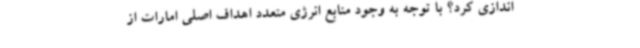
اندازی کرد؟ با توجه به وجود منابع انرژی متعدد اهداف اصلی امارات از